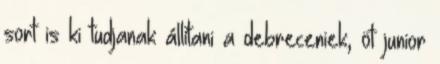
sort is ki tudjanak állítani a debreceniek, öt junior